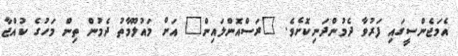
އެމަޖެންސީގައި ފަރުވާ ދެމުންދަނިކޮށެވެ. "ރަސްއޮންލައިން" އަށް މައުލޫމާތު ދެމުން ތިން މަހުގެ ކުއްޖާ